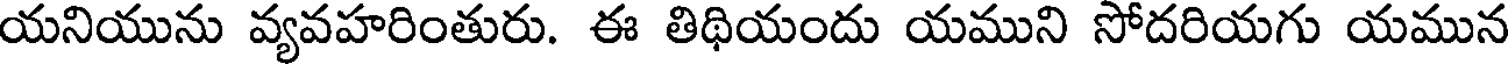
యనియును వ్యవహరింతురు. ఈ తిథియందు యముని సోదరియగు యమున